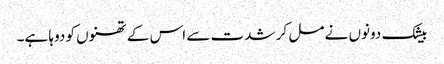
بیشک دونوں نے مل کر شدت سے اس کے تھنوں کو دوہا ہے۔